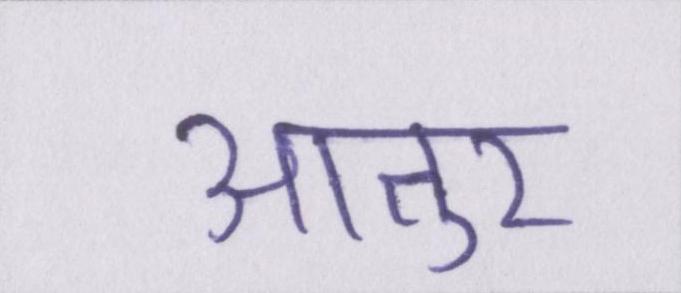
आतुर